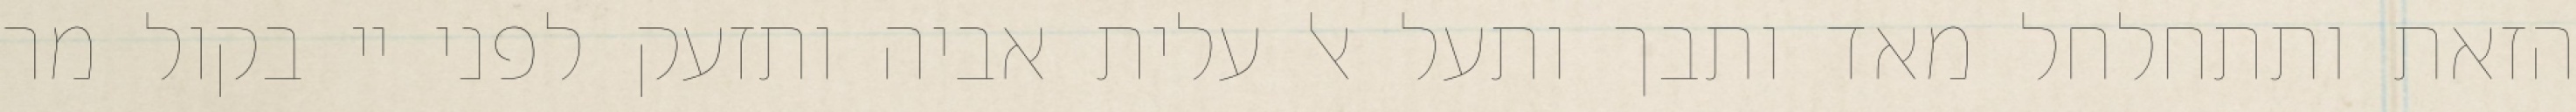
הזאת ותתחלחל מאד ותבך ותעל אל עלית אביה ותזעק לפני יי בקול מר